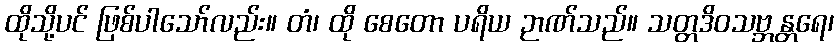
ထိုသို့ပင် ဖြစ်ပါသော်လည်း။ တံ၊ ထို စေတော ပရိယ ဉာဏ်သည်။ သတ္တဒိဝသဗ္ဘန္တရေ၊